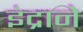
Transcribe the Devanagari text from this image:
इंद्राने